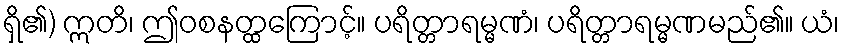
ရှိ၏) ဣတိ၊ ဤဝစနတ္ထကြောင့်။ ပရိတ္တာရမ္မဏံ၊ ပရိတ္တာရမ္မဏမည်၏။ ယံ၊